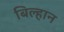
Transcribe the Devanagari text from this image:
बिल्हान